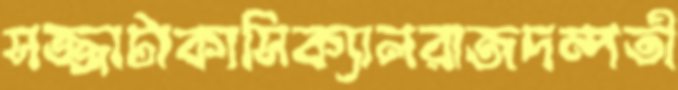
সজ্জাটাকাসিক্যালরাজদম্পতী